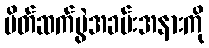
မိတ်ဆက်ပွဲအခမ်းအနားကို